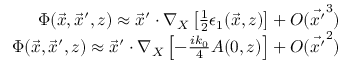
\begin{array} { r } { \Phi ( \vec { x } , \vec { x } ^ { \prime } , z ) \approx \vec { x } ^ { \prime } \cdot \nabla _ { X } \left[ \frac { 1 } { 2 } \epsilon _ { 1 } ( \vec { x } , z ) \right] + O ( \vec { x ^ { \prime } } ^ { 3 } ) } \\ { \Phi ( \vec { x } , \vec { x } ^ { \prime } , z ) \approx \vec { x } ^ { \prime } \cdot \nabla _ { X } \left[ - \frac { i k _ { 0 } } { 4 } A ( 0 , z ) \right] + O ( \vec { x ^ { \prime } } ^ { 2 } ) } \end{array}